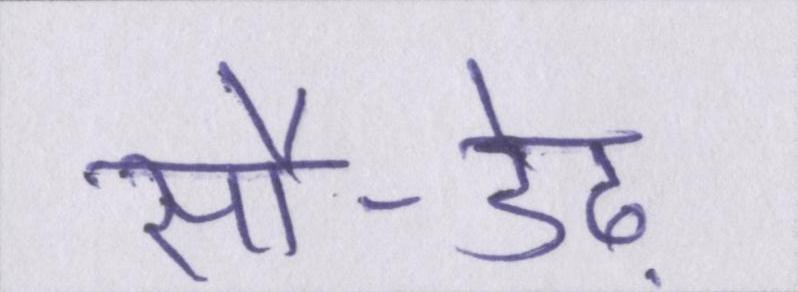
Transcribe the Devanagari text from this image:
सौ-डेढ़